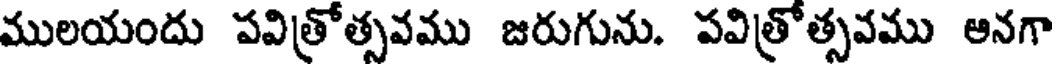
ములయందు పవిత్రోత్సవము జరుగును. పవిత్రోత్సవము ఆనగా